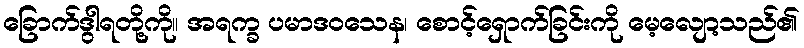
ခြောက်ဒွါရတို့ကို။ အရက္ခ ပမာဒဝသေန၊ စောင့်ရှောက်ခြင်းကို မေ့လျော့သည်၏